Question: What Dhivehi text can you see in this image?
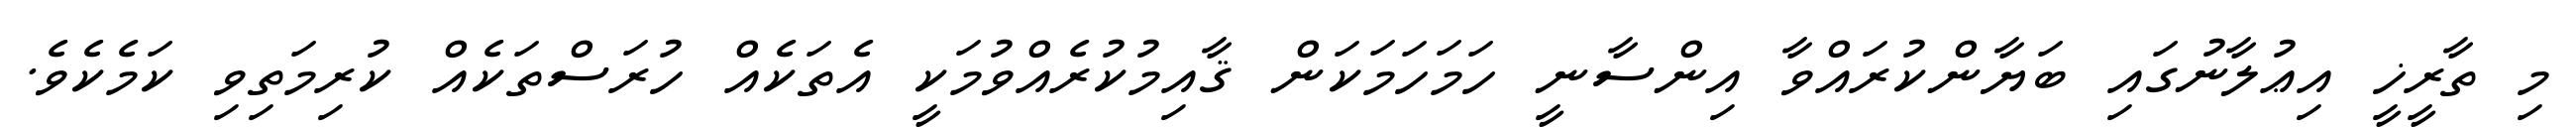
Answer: މި ތާރީޚީ އިޢުލާނުގައި ބަޔާންކުރައްވާ އިންސާނީ ހަމަހަމަކަން ޤާއިމުކުރެއްވުމަކީ އެތަކެއް ހުރަސްތަކެއް ކުރިމަތިވި ކަމެކެވެ.